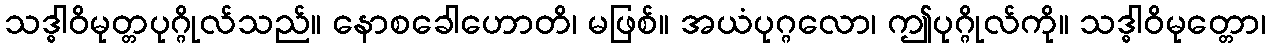
သဒ္ဓါဝိမုတ္တပုဂ္ဂိုလ်သည်။ နောစခေါဟောတိ၊ မဖြစ်။ အယံပုဂ္ဂလော၊ ဤပုဂ္ဂိုလ်ကို။ သဒ္ဓါဝိမုတ္တော၊